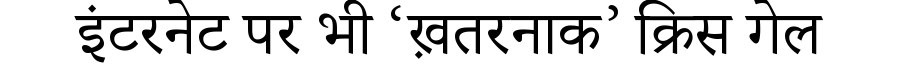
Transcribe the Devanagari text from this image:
इंटरनेट पर भी ‘ख़तरनाक’ क्रिस गेल